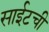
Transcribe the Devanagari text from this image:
साईटची